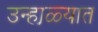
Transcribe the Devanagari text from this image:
उन्हा़ळ्यात